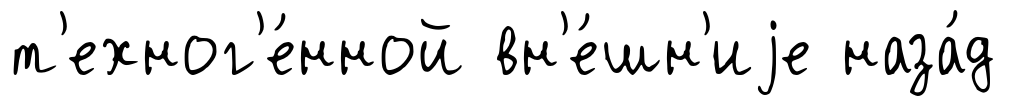
т'ехног'е́нной вн'е́шн'иjе наза́д